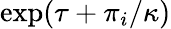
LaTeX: \exp(\tau+\pi_{i}/\kappa)